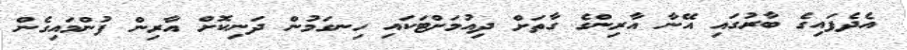
އެދެފައިގެ ބާރުގައި އޭނާ އާރިންގެ ގާތަށް ދިއުމަށްޓަކައި ހިނގަމުން ދަނިކޮށް އާރިން ފުންމައިގެން